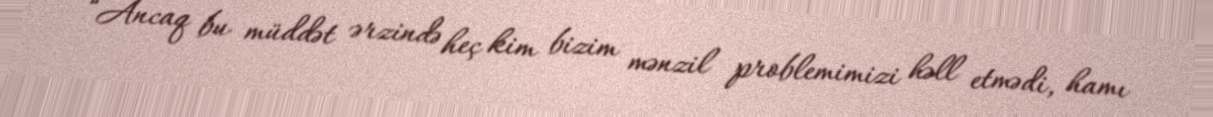
“Ancaq bu müddət ərzində heç kim bizim mənzil problemimizi həll etmədi, hamı